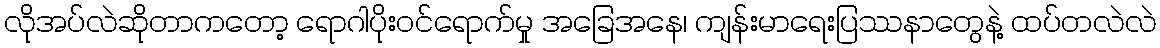
လိုအပ်လဲဆိုတာကတော့ ရောဂါပိုး၀င်ရောက်မှု အခြေအနေ၊ ကျန်းမာရေးပြဿနာတွေနဲ့ ထပ်တလဲလဲ